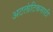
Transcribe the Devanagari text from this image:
अटलांटिकसाठी